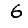
Digit: 6